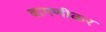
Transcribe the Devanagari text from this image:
बागणीकर